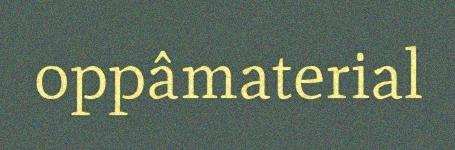
oppâmaterial